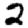
Digit: 2